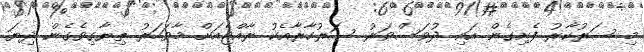
މި ސަރުކާރު ފެށިގެން އައި ދުވަސްވަރު ސަރުކާރާއެކު ރާއްޖެއަށް މާވަހަރު ތިޔާގިވެގެން ދިޔަ